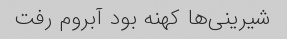
شیرینی‌ها کهنه بود آبروم رفت